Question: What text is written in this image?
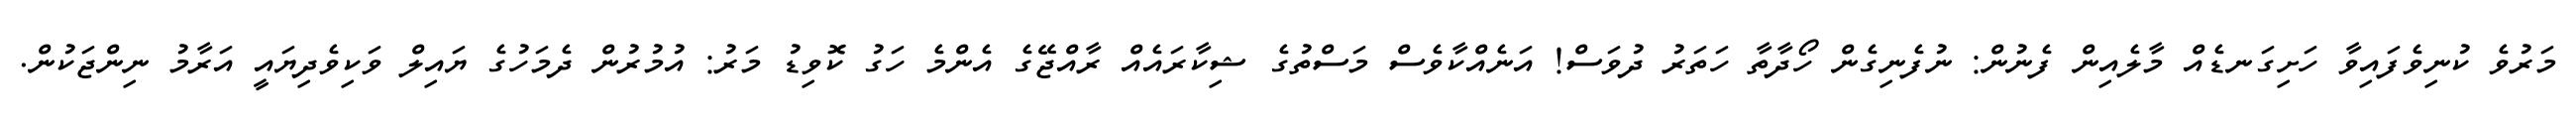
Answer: މަރުވެ ކުނިވެފައިވާ ހަށިގަނޑެއް މާލެއިން ފެނުން: ނުފެނިގެން ހޯދާތާ ހަތަރު ދުވަސް! އަނެއްކާވެސް މަސްތުގެ ޝިކާރައެއް ރާއްޖޭގެ އެންމެ ހަގު ކޮވިޑު މަރު: އުމުރުން ދެމަހުގެ ޔައިލް ވަކިވެދިޔައީ އަރާމު ނިންޖަކުން.